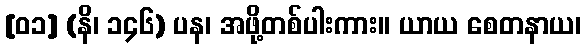
[၀၁] (နိ၊ ၁၄၆) ပန၊ အဖို့တစ်ပါးကား။ ယာယ စေတနာယ၊